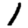
Digit: 1